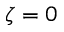
\zeta = 0